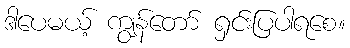
ဒါပေမယ့် ကျွန်တော် ရှင်းပြပါရစေ။